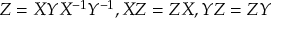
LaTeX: Z = X Y X ^ { - 1 } Y ^ { - 1 } , X Z = Z X , Y Z = Z Y